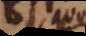
ut quod